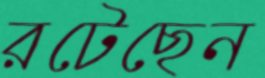
রটেছেন